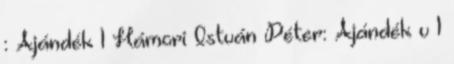
: Ajándék 1 Hámori István Péter: Ajándék v 1